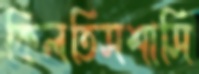
কিলতিসশাসি